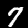
Label: 7